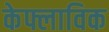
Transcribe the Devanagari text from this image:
केफ्लाविक